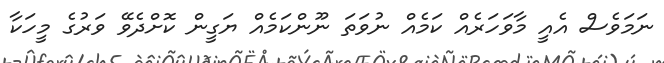
ނަމަވެސް އެއީ މާވަހަރެއް ކަމެއް ނުވަތަ ނޫންކަމެއް ޔަގީން ކޮށްދެވޭ ވަރުގެ މީހަކާ